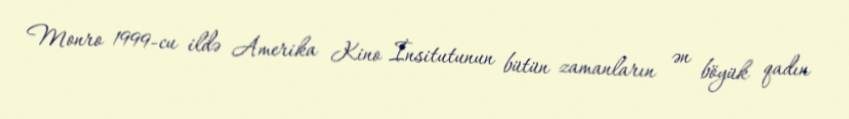
Monro 1999-cu ildə Amerika Kino İnsitutunun bütün zamanların ən böyük qadın